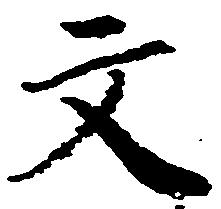
文